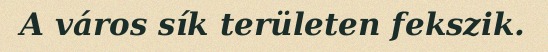
A város sík területen fekszik.